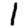
Digit: 1